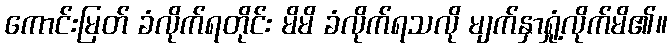
ကောင်းမြတ် ခံလိုက်ရတိုင်း မိမိ ခံလိုက်ရသလို မျက်နှာရှုံ့လိုက်မိ၏။